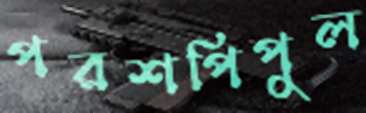
পরশপিপুল